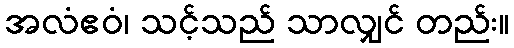
အလံဧဝံ၊ သင့်သည် သာလျှင် တည်း။